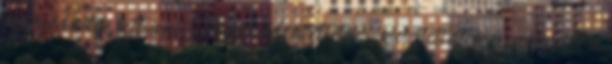
szerződésetek volt erre, odafent eldöntöttétek, kiosztottátok a szerepeket a